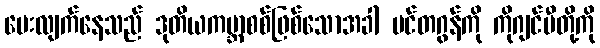
ပေးလျက်နေသည် ဒုတိယကမ္ဘာစစ်ဖြစ်သောအခါ ပင်တဂွန်ကို ကိုဂျင်မီတို့ကို